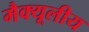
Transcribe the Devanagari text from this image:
मैक्यूलीय